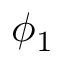
\phi _ { 1 }